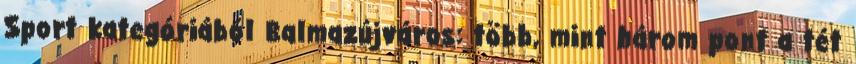
Sport kategóriából Balmazújváros: több, mint három pont a tét